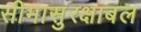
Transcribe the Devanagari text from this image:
सीमासुरक्षाबल